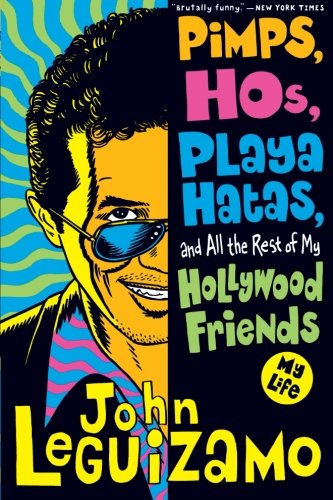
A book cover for Pimps, Hos, Playa Hatas, and All the Rest of My Hollywood Friends: My Life; John Leguizamo; Literature & Fiction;